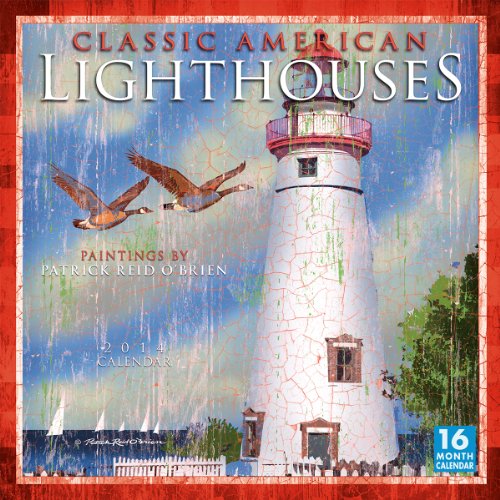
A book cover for Classic American Lighthouses 2014 Wall (calendar); Patrick Reid O'Brien; Calendars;